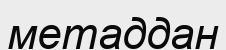
метаддан